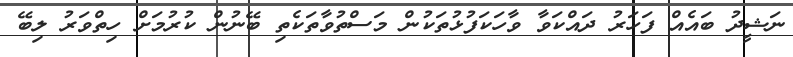
ނަޝީދު ބައެއް ފަހަރު ދައްކަވާ ވާހަކަފުޅުތަކުން މަސްތުވާތަކެތި ބޭނުން ކުރުމަށް ހިތްވަރު ލިބޭ